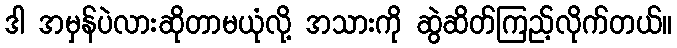
ဒါ အမှန်ပဲလားဆိုတာမယုံလို့ အသားကို ဆွဲဆိတ်ကြည့်လိုက်တယ်။